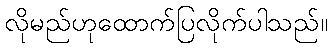
လိုမည်ဟုထောက်ပြလိုက်ပါသည်။